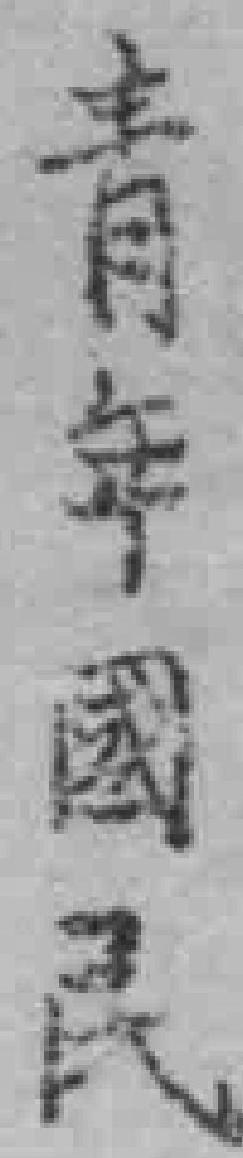
青年國民